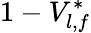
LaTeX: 1-V_{l,f}^{*}